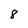
Character: 8